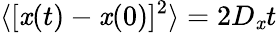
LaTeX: \langle[\mathit{x}(t)-\mathit{x}(0)]^{2}\rangle=2D_{\mathit{x}}t